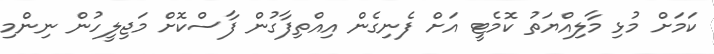
ކަމަށް މުޅި މާލިއްޔަތު ކޮމެޓީ އަށް ފެނިގެން އިއްތިފާގުން ފާސްކޮށް މަޖިލީހުން ނިންމި